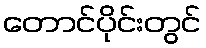
တောင်ပိုင်းတွင်